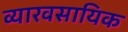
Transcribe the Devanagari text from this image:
व्यारवसायिक